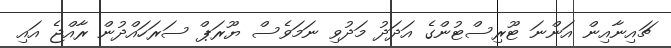
ޗައިނާއިން އަންނަ ޓޫރިސްޓުންގެ އަދަދު މަދުވި ނަމަވެސް ޔޫރަޕް ސަރަހައްދުން ރާއްޖެ އައި